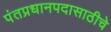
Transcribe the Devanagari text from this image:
पंतप्रधानपदासाठीचे